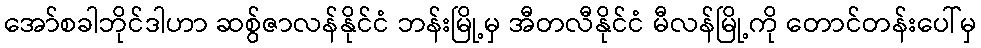
အော်စခါဘိုင်ဒါဟာ ဆစွ်ဇာလန်နိုင်ငံ ဘန်းမြို့မှ အီတလီနိုင်ငံ မီလန်မြို့ကို တောင်တန်းပေါ်မှ